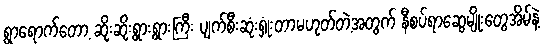
ရွာရောက်တော့ ဆိုးဆိုးရွားရွားကြီး ပျက်စီးဆုံးရှုံးတာမဟုတ်တဲ့အတွက် နီစပ်ရာဆွေမျိုးတွေအိမ်နဲ့